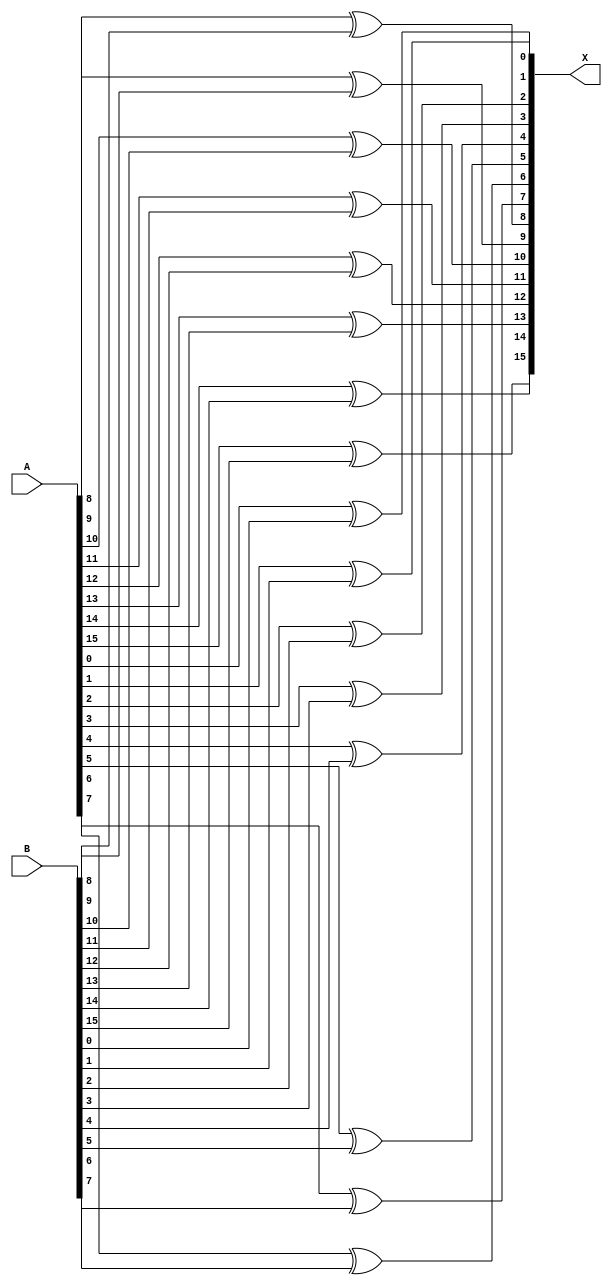
module XOR_16bit(input [15:0] A, input [15:0] B, output [15:0] X);
xor x0(X[0], A[0], B[0]);
xor x1(X[1], A[1], B[1]);
xor x2(X[2], A[2], B[2]);
xor x3(X[3], A[3], B[3]);
xor x4(X[4], A[4], B[4]);
xor x5(X[5], A[5], B[5]);
xor x6(X[6], A[6], B[6]);
xor x7(X[7], A[7], B[7]);
xor x8(X[8], A[8], B[8]);
xor x9(X[9], A[9], B[9]);
xor x10(X[10], A[10], B[10]);
xor x11(X[11], A[11], B[11]);
xor x12(X[12], A[12], B[12]);
xor x13(X[13], A[13], B[13]);
xor x14(X[14], A[14], B[14]);
xor x15(X[15], A[15], B[15]);

endmodule